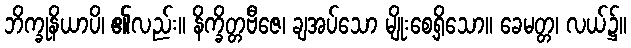
ဘိက္ခုနိယာပိ၊ ၏လည်း။ နိက္ခိတ္တဗီဇေ၊ ချအပ်သော မျိုးစေ့ရှိသော။ ခေမတ္တ၊ လယ်၌။